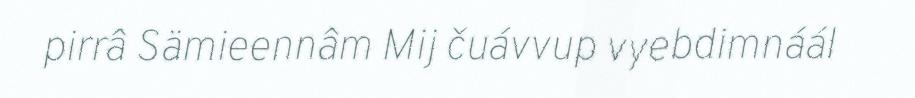
pirrâ Sämieennâm Mij čuávvup vyebdimnáál